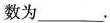
数为___。